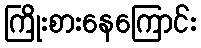
ကြိုးစားနေကြောင်း